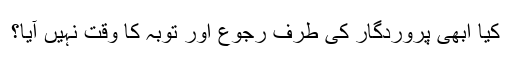
کیا ابھی پروردگار کی طرف رجوع اور توبہ کا وقت نہیں آیا؟